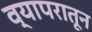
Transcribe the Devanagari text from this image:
व्यापरातून